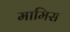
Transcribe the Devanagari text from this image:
मामिस